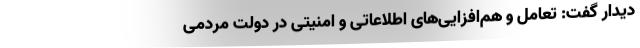
دیدار گفت: تعامل و هم‌افزایی‌های اطلاعاتی و امنیتی در دولت مردمی